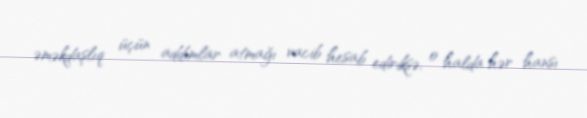
əməkdaşlıq üçün addımlar atmağı vacib hesab ediriksə, o halda hər hansı